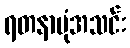
ရတနာပုံအသင်း